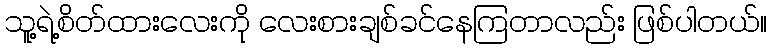
သူ့ရဲ့စိတ်ထားလေးကို လေးစားချစ်ခင်နေကြတာလည်း ဖြစ်ပါတယ်။